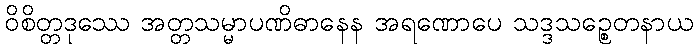
ဝိစိတ္တဒုဿေ အတ္တသမ္မာပဏိဓာနေန အရဏောပေ သဒ္ဒသဉ္စေတနာယ